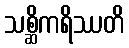
သစ္ဆိကရိဿတိ